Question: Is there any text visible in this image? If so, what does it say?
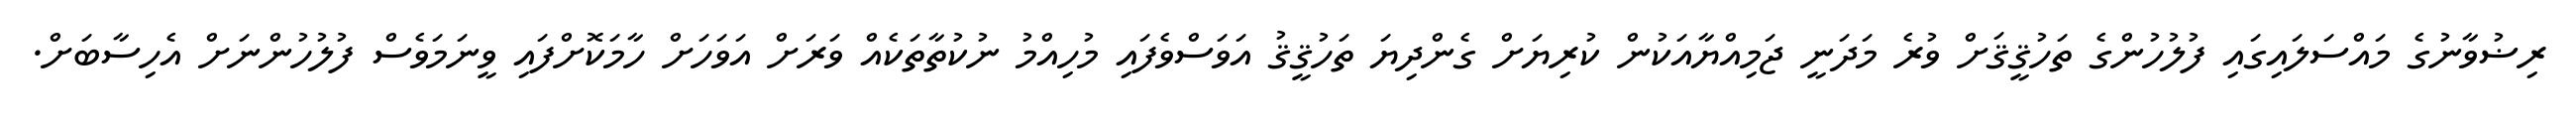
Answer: ރިޟުވާނުގެ މައްސަލައިގައި ފުލުހުންގެ ތަހުޤީޤަށް ވުރެ މަދަނީ ޖަމިއްޔާއަކުން ކުރިޔަށް ގެންދިޔަ ތަހުޤީޤު އަވަސްވެފައި މުހިއްމު ނުކުތާތަކެއް ވަރަށް އަވަހަށް ހާމަކޮށްފައި ވީނަމަވެސް ފުލުހުންނަށް އެހިސާބަށް.